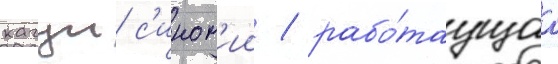
кагуи с'ином'ии / рабо́таущаа